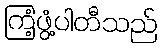
ကြံ့ဖွံ့ပါတီသည်